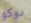
دوكو